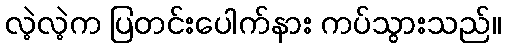
လဲ့လဲ့က ပြတင်းပေါက်နား ကပ်သွားသည်။